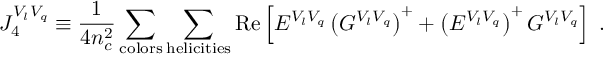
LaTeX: { \cal J } _ { 4 } ^ { V _ { l } V _ { q } } \equiv { \frac { 1 } { 4 n _ { c } ^ { 2 } } } \sum _ { \mathrm { c o l o r s } } \sum _ { \mathrm { h e l i c i t i e s } } \mathrm { R e } \left[ E ^ { V _ { l } V _ { q } } \left( G ^ { V _ { l } V _ { q } } \right) ^ { + } + \left( E ^ { V _ { l } V _ { q } } \right) ^ { + } G ^ { V _ { l } V _ { q } } \right] \; .